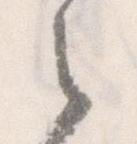
之